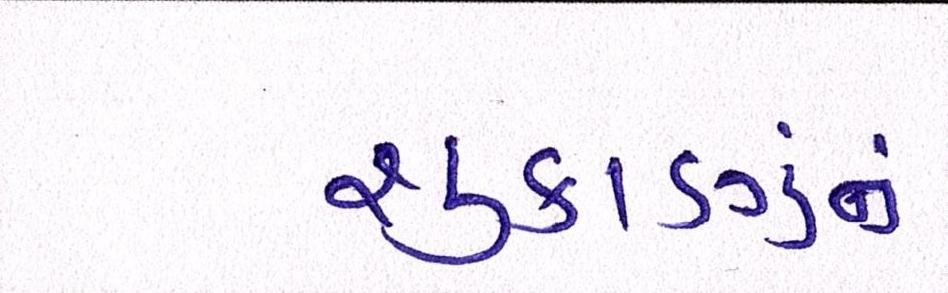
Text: શુક્રાણુનું